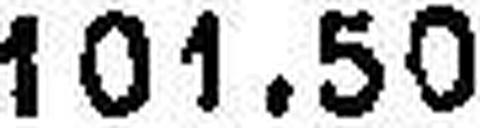
101.50